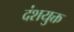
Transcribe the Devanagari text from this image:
दंशयुक्त